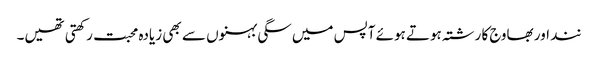
نند اور بھاوج کا رشتہ ہوتے ہوئے آپس میں سگی بہنوں سے بھی زیادہ محبت رکھتی تھیں۔